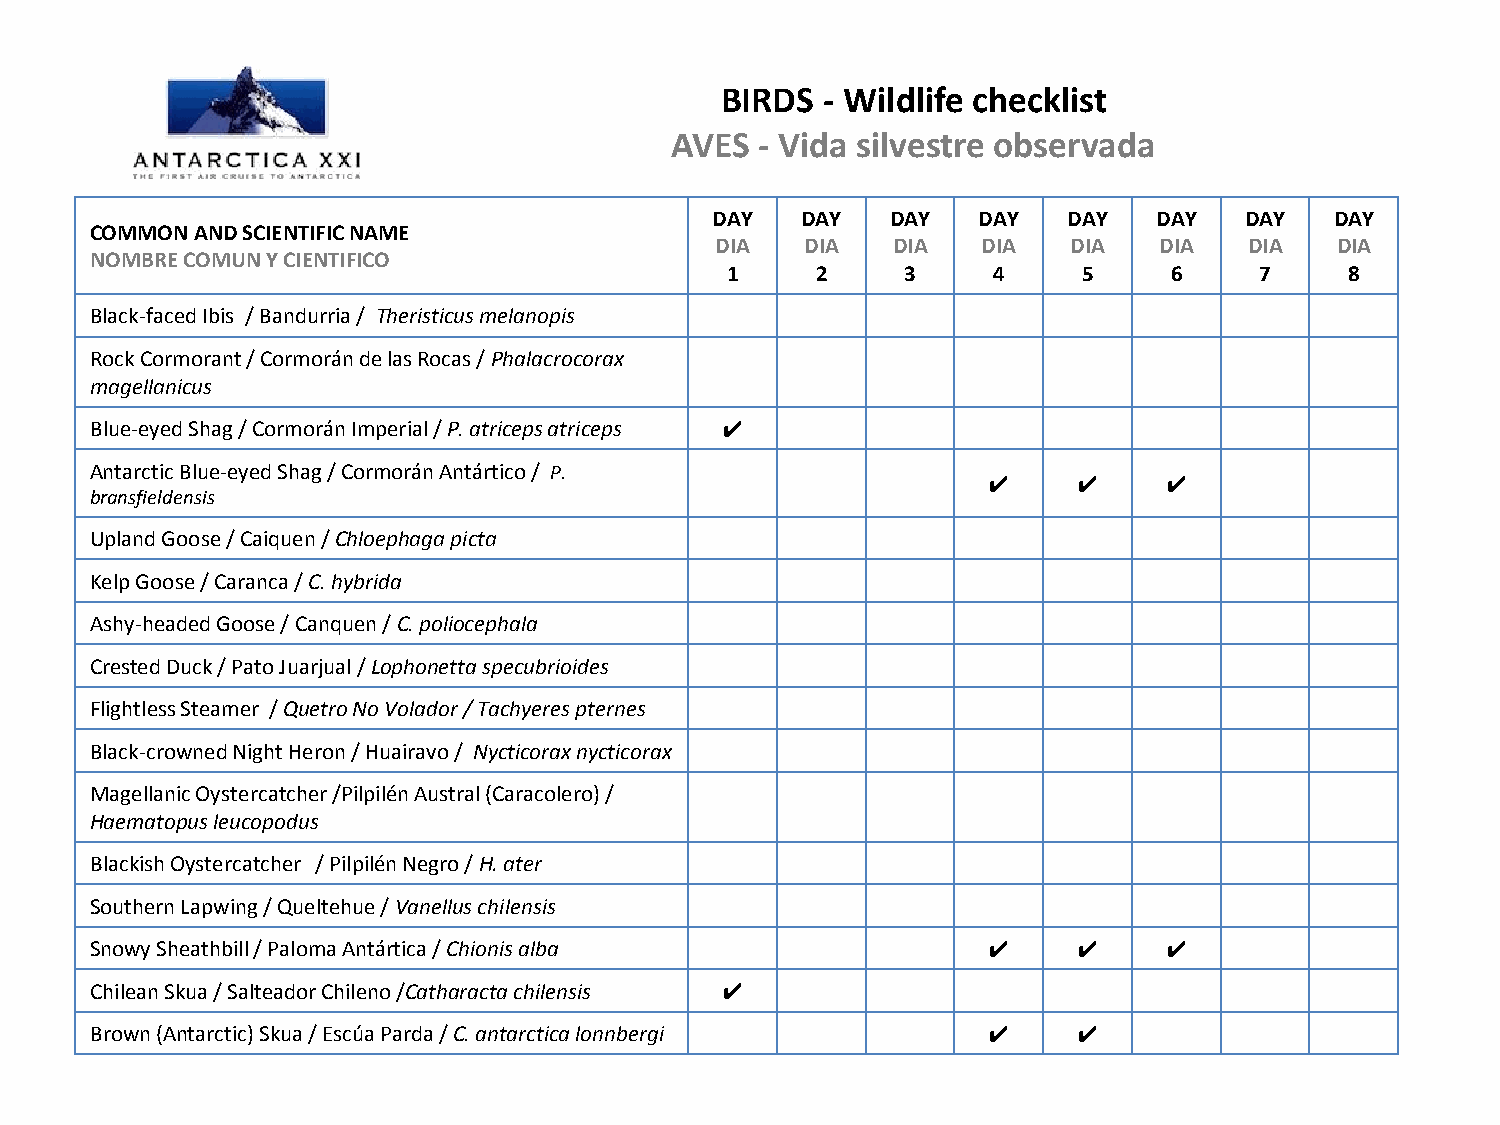
BIRDS - Wildlife checklist
 AVES  - Vida silvestre observada
 DAY   DAY   DAY   DAY   DAY   DAY  DAY   DAY
 COMMON AND SCIENTIFIC NAME
 DIA   DIA   DIA   DIA   DIA   DIA   DIA  DIA
 NOMBRE COMUN Y CIENTIFICO
 1     2     3     4     5    6     7     8
 Black-faced Ibis / Bandurria / Theristicus melanopis
 Rock Cormorant / Cormorán de las Rocas / Phalacrocorax
 magellanicus
 Blue-eyed Shag / Cormorán Imperial / P. atriceps atriceps ✔
 Antarctic Blue-eyed Shag / Cormorán Antártico / P.
 ✔     ✔     ✔
 bransfieldensis
 Upland Goose / Caiquen / Chloephaga picta
 Kelp Goose / Caranca / C. hybrida
 Ashy-headed Goose / Canquen / C. poliocephala
 Crested Duck / Pato Juarjual / Lophonetta specubrioides
 Flightless Steamer / Quetro No Volador / Tachyeres pternes
 Black-crowned Night Heron / Huairavo / Nycticorax nycticorax
 Magellanic Oystercatcher /Pilpilén Austral (Caracolero) /
 Haematopus leucopodus
 Blackish Oystercatcher / Pilpilén Negro / H. ater
 Southern Lapwing / Queltehue / Vanellus chilensis
 Snowy Sheathbill / Paloma Antártica / Chionis alba         ✔     ✔     ✔
 Chilean Skua / Salteador Chileno /Catharacta chilensis ✔
 Brown (Antarctic) Skua / Escúa Parda / C. antarctica lonnbergi ✔ ✔